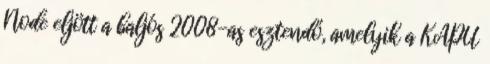
Node eljött a baljós 2008-as esztendő, amelyik a KAPU